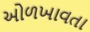
ઓળખાવતા